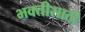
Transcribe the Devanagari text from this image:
भक्तीसाठी